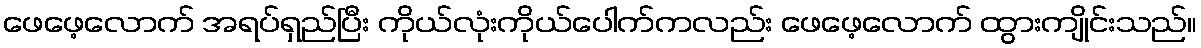
ဖေဖေ့လောက် အရပ်ရှည်ပြီး ကိုယ်လုံးကိုယ်ပေါက်ကလည်း ဖေဖေ့လောက် ထွားကျိုင်းသည်။